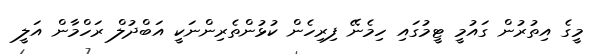
މީގެ އިތުރުން ގައުމީ ޓީމުގައި ހިމެނޭ ފިރިހެން ކުޅުންތެރިންނަކީ އަބްދުލް ރަހްމާން އަލީ